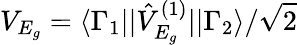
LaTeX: V_{E_{g}}=\langle\Gamma_{1}||\hat{V}_{E_{g}}^{(1)}||\Gamma_{2}\rangle/\sqrt{2}